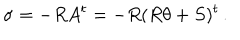
LaTeX: \sigma = - R A ^ { t } = - R ( R \theta + S ) ^ { t } \, .